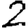
Digit: 2